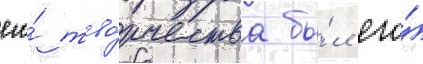
его́ тво́рчества бы́л его́